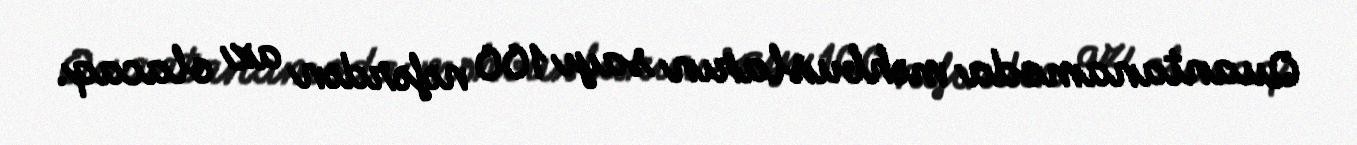
Quantanamoda məhbusların sayı 100 nəfərdən az olacaq.